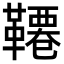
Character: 𩌷